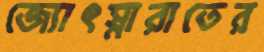
জ্যোৎস্নারাতের